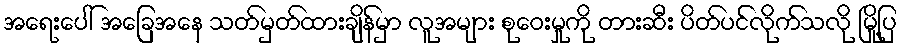
အရေးပေါ် အခြေအနေ သတ်မှတ်ထားချိန်မှာ လူအများ စုဝေးမှုကို တားဆီး ပိတ်ပင်လိုက်သလို မြို့ပြ